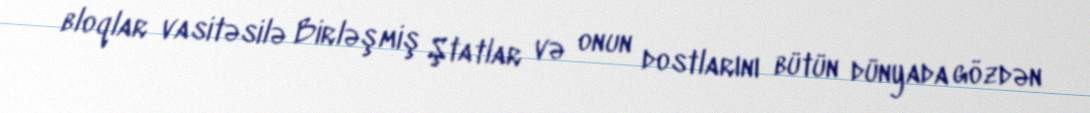
bloqlar vasitəsilə Birləşmiş Ştatlar və onun dostlarını bütün dünyada gözdən